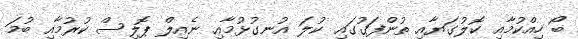
ބޯ ހިއްކުމާއި ކޮލުގަޔާއި ތުންފަގުގައި ކުލަ އުނގުޅުމާއި ނެއިލް ޕޮލިސް ކުރުމާއި ބުމަ